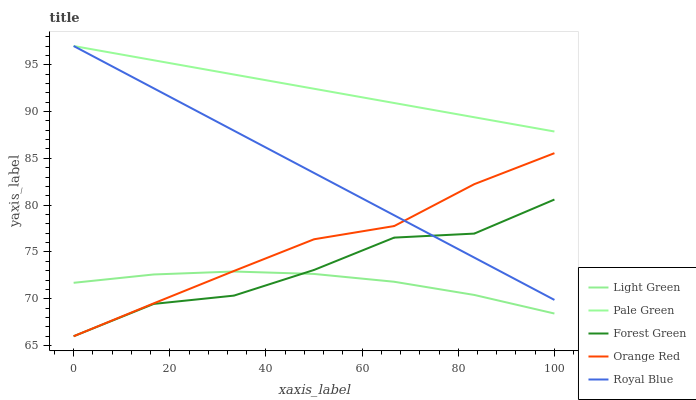
| xaxis_label | Light Green | Pale Green | Forest Green | Orange Red | Royal Blue |
 | --- | --- | --- | --- | --- | --- |
 | 0 | 71.7 | 97 | 66 | 66 | 97 |
 | 16.7 | 72.6 | 95.5 | 69.5 | 69.5 | 92.5 |
 | 33.3 | 72.9 | 94 | 70.3 | 73 | 88 |
 | 50 | 72.7 | 92.4 | 73.1 | 76.4 | 83.4 |
 | 66.7 | 71.8 | 90.9 | 76.5 | 77.8 | 78.9 |
 | 83.3 | 70.4 | 89.4 | 77 | 82.2 | 74.4 |
 | 100 | 68.4 | 87.9 | 80.6 | 85.6 | 69.9 |